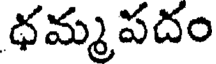
ధమ్మపదం